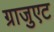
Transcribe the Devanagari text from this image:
ग्राजुएट